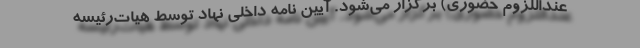
عنداللزوم حضوری) برگزار می‌شود. آیین نامه داخلی نهاد توسط هیات‌رئیسه